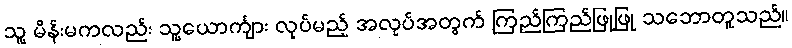
သူ့ မိန်းမကလည်း သူ့ယောင်္ကျား လုပ်မည့် အလုပ်အတွက် ကြည်ကြည်ဖြုဖြု သဘောတူသည်။